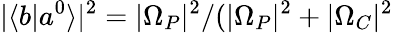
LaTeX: |\langle b|a^{0}\rangle|^{2}=|\Omega_{P}|^{2}/(|\Omega_{P}|^{2}+|\Omega_{C}|^{2}